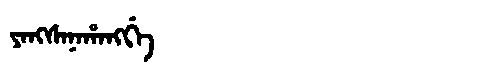
Manchu: ᠶᠠᠩᠰᠠᠨᠠᡥᠠᠩᡤᡝ
Romanization: YANGSANAHANGGE